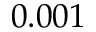
0 . 0 0 1